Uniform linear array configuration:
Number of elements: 16
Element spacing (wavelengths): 0.5
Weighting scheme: cosine
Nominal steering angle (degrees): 15
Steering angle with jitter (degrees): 16.274
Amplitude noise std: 0.05
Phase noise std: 0.05

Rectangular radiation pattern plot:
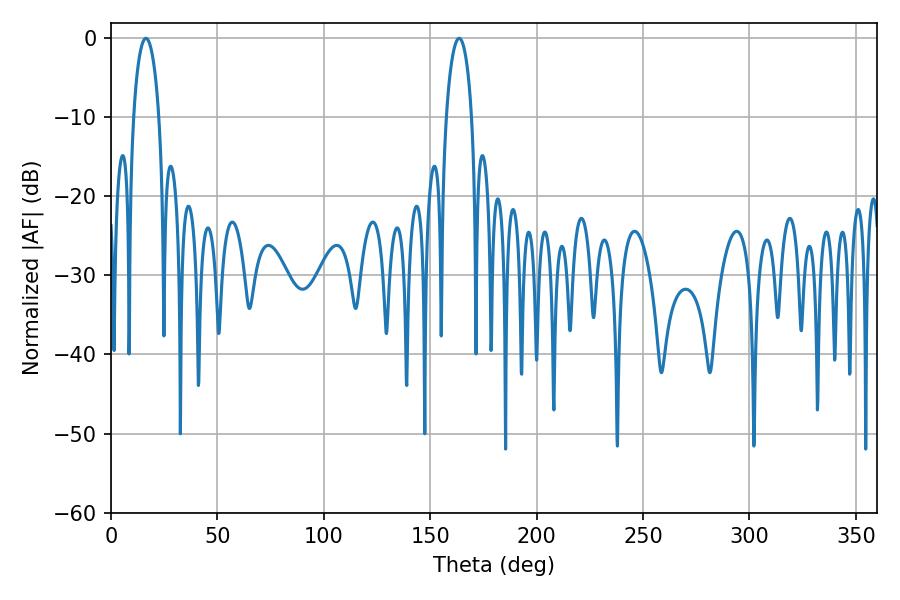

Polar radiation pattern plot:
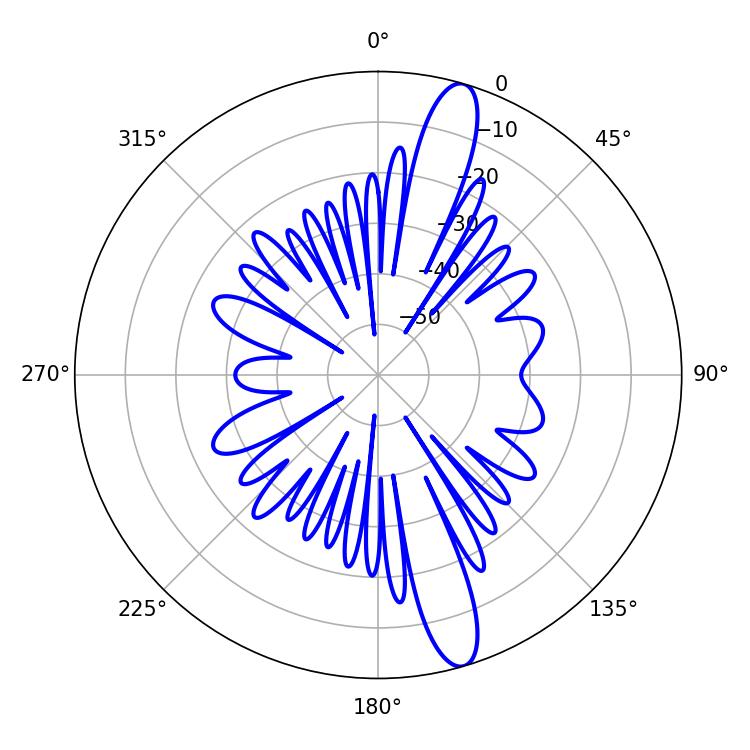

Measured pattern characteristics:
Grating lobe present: FALSE
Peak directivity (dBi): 14.363
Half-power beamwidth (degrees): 6.84
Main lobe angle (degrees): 16.38